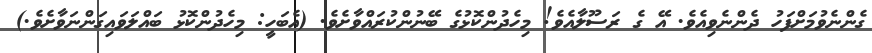
ގެންނެވުމަށްފަހު ދެންނެވިއެވެ. އޭ ގެ ރަސޫލާއެވެ! މިހެދުންކޮޅުގެ ބޭނުންކުރައްވާށެވެ. (އެބަހީ: މިހެދުންކޮޅު ބައްލަވައިގަންނަވާށެވެ.)